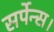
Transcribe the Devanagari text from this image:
सर्पेन्स।